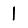
Digit: 1